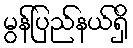
မွန်ပြည်နယ်ရှိ